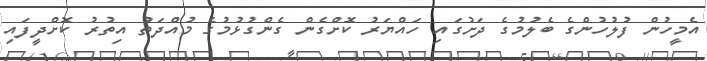
އެމީހުން ފުލުހުންގެ ބެލުމުގެ ދަށުގައި ހައްޔަރު ކޮށްގެން ގެންގުޅުމުގެ މުއްދަތު އިތުރު ކޮށްދީފައި